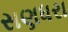
સણધરા